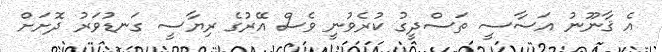
އެ ޤާނޫނު އަސާސީ ތަސްދީގު ކުރެވުނީ ވެސް އޭރުގެ ރިޔާސީ ގަނޑުވަރު ދޮށަށް